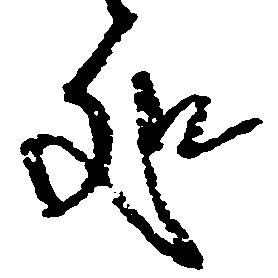
処